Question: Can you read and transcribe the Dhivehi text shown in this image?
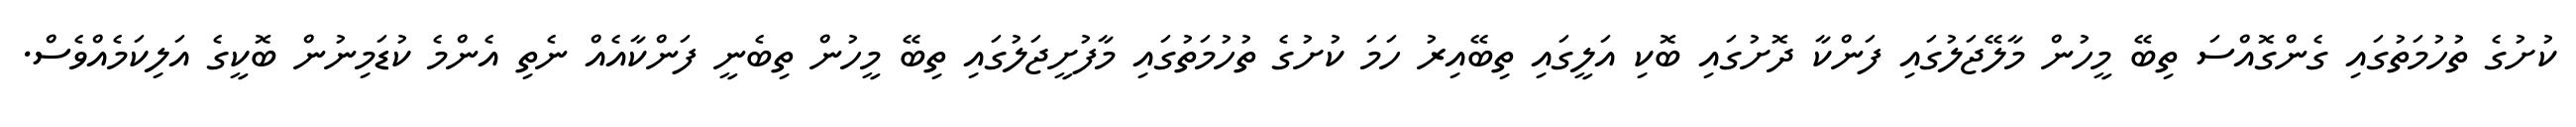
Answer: ކުށުގެ ތުހުމަތުގައި ގެންގޮއްސަ ތިބޭ މީހުން މާލޭޖަލުގައި ފަންކާ ދޮށުގައި ބޮކި އަލީގައި ތިބޭއިރު ހަމަ ކުށުގެ ތުހުމަތުގައި މާފުށީޖަލުގައި ތިބޭ މީހުން ތިބެނީ ފަންކާއެއް ނެތި އެންމެ ކުޑަމިނުން ބޮކީގެ އަލިކަމެއްވެސް.